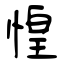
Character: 惶